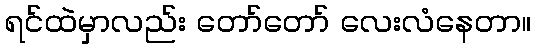
ရင်ထဲမှာလည်း တော်တော် လေးလံနေတာ။